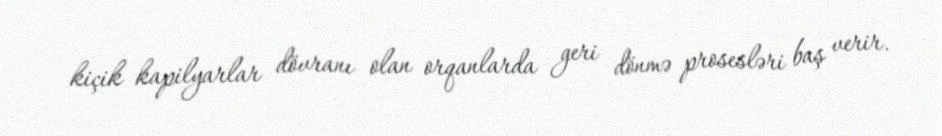
kiçik kapilyarlar dövranı olan orqanlarda geri dönmə prosesləri baş verir.